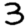
Digit: 3